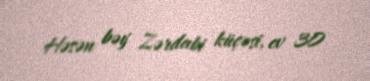
Həsən bəy Zərdabi küçəsi, ev 30